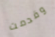
وقدمت